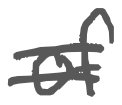
Text: of
Cross-out: double-line
Writing tool: digital_gray